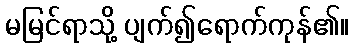
မမြင်ရာသို့ ပျက်၍ရောက်ကုန်၏။